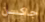
جاكسن